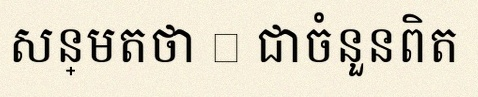
សន្មតថា x ជាចំនួនពិត